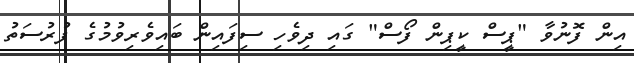
އިން ފޮނުވާ "ޕީސް ކީޕިން ފޯސް" ގައި ދިވެހި ސިފައިން ބައިވެރިވުމުގެ ފުރުސަތު